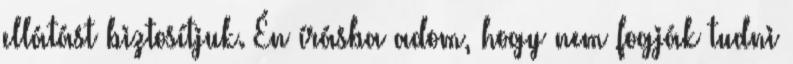
ellátást biztosítjuk. Én írásba adom, hogy nem fogják tudni